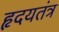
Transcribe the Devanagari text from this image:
हृदयतंत्र